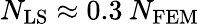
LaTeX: N_{\mathrm{LS}}\approx 0.3\: N_{\mathrm{FEM}}